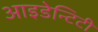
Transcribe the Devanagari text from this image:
आइडेन्टिटी